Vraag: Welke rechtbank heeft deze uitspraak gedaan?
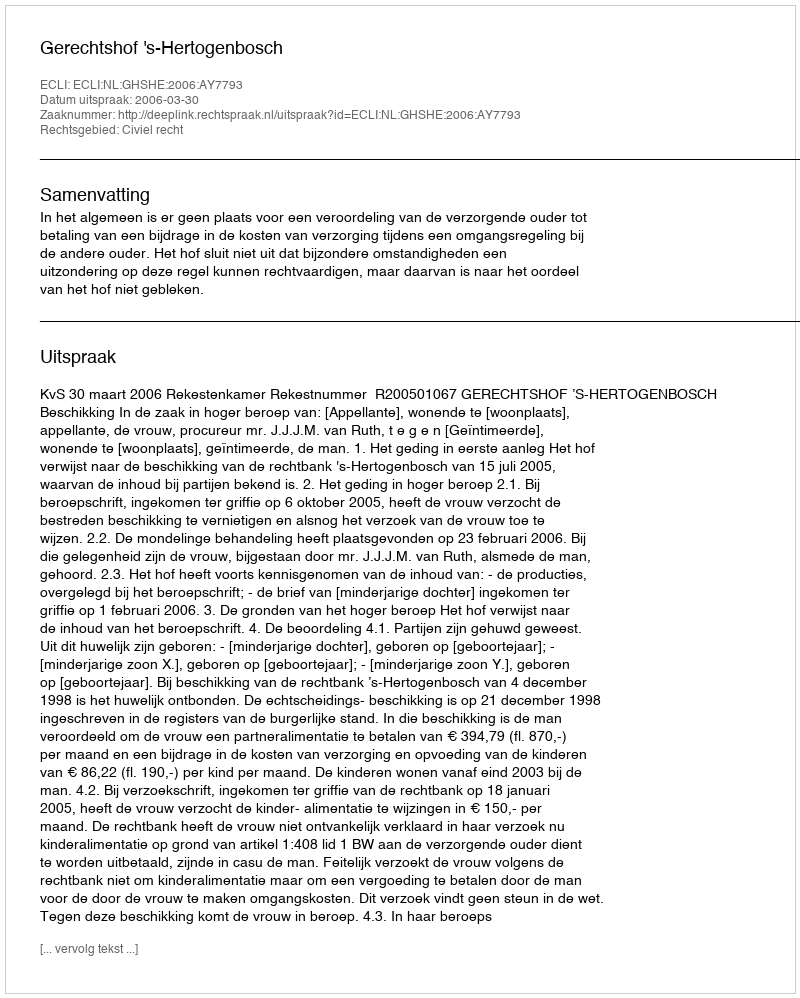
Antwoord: Gerechtshof 's-Hertogenbosch